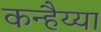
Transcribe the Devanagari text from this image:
कन्हैय्या